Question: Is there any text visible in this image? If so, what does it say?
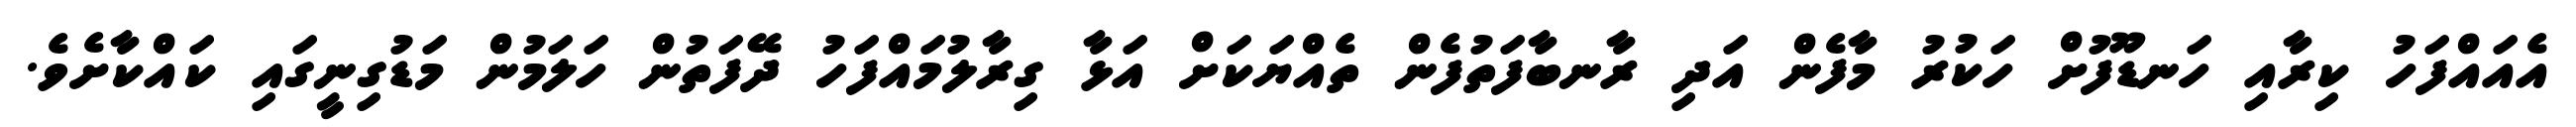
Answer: އެއައްފަހު ކިރާއި ހަނޑޫފުށް ހަކުރު މާފެން އަދި ރާނބާފަތުފެން ތެއްޔަކަށް އަޅާ ގިރާލުމައްފަހު ދޭފަތުން ހަލަމުން މަޑުގިނީގައި ކައްކާށެވެ.